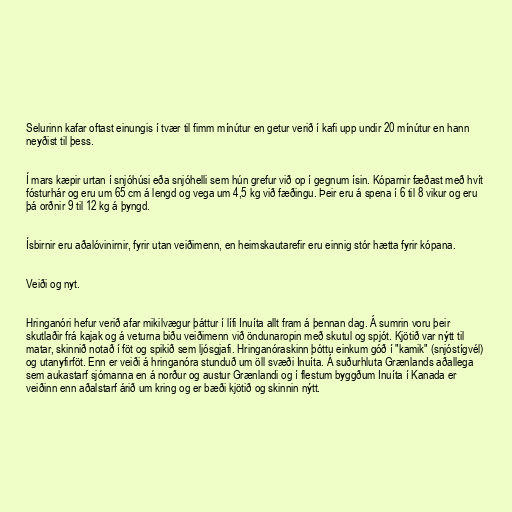
Selurinn kafar oftast einungis í tvær til fimm mínútur en getur verið í kafi upp undir 20 mínútur en hann
neyðist til þess.

Í mars kæpir urtan í snjóhúsi eða snjóhelli sem hún grefur við op í gegnum ísin. Kóparnir fæðast með hvít
fósturhár og eru um 65 cm á lengd og vega um 4,5 kg við fæðingu. Þeir eru á spena í 6 til 8 vikur og eru
þá orðnir 9 til 12 kg á þyngd.

Ísbirnir eru aðalóvinirnir, fyrir utan veiðimenn, en heimskautarefir eru einnig stór hætta fyrir kópana.

Veiði og nyt.

Hringanóri hefur verið afar mikilvægur þáttur í lífi Inuíta allt fram á þennan dag. Á sumrin voru þeir
skutlaðir frá kajak og á veturna biðu veiðimenn við öndunaropin með skutul og spjót. Kjötið var nýtt til
matar, skinnið notað í föt og spikið sem ljósgjafi. Hringanóraskinn þóttu einkum góð í "kamik" (snjóstígvél)
og utanyfirföt. Enn er veiði á hringanóra stunduð um öll svæði Inuíta. Á suðurhluta Grænlands aðallega
sem aukastarf sjómanna en á norður og austur Grænlandi og í flestum byggðum Inuíta í Kanada er
veiðinn enn aðalstarf árið um kring og er bæði kjötið og skinnin nýtt.